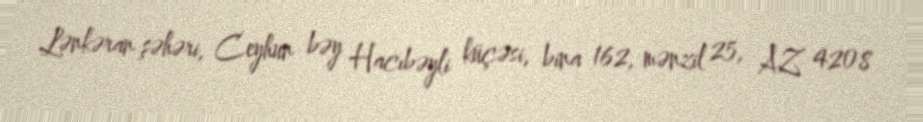
Lənkəran şəhəri, Ceyhun bəy Hacıbəyli küçəsi, bina 162, mənzil 25, AZ 4208